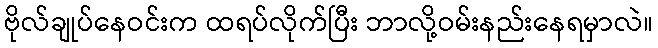
ဗိုလ်ချုပ်နေဝင်းက ထရပ်လိုက်ပြီး ဘာလို့ဝမ်းနည်းနေရမှာလဲ။